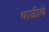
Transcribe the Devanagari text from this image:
थाळीचे